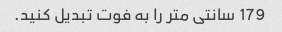
179 سانتی متر را به فوت تبدیل کنید.